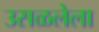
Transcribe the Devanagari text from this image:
उसळलेला